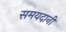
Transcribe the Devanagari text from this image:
समयदानी